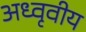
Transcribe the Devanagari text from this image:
अध्वृवीय